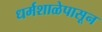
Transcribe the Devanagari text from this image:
धर्मशाळेपासून